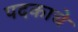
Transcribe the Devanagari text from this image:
पदकाचे